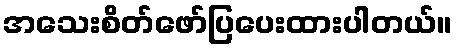
အသေးစိတ်ဖော်ပြပေးထားပါတယ်။